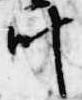
叶